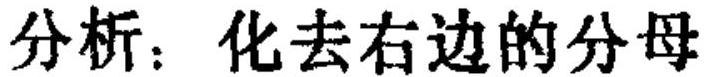
分析：化去右边的分母